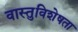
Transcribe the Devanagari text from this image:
वास्तुविशेषता